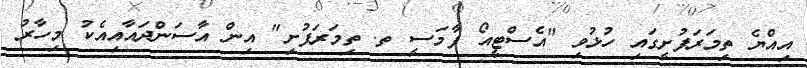
އިއްޔެ ތިމަރަފުށީގައި ހުޅުވި "އެސްޓީއޯ ފާމަސީ ތ. ތިމަރަފުށި" އިން އާސަންދައާއިއެކު މިހާރު